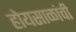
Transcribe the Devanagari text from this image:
होयसाळांची